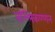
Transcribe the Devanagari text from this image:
वल्लिकण्णन